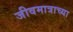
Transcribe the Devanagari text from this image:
जीवमात्राच्या